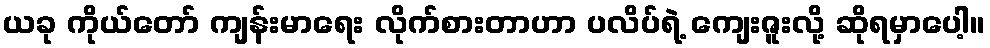
ယခု ကိုယ်တော် ကျန်းမာရေး လိုက်စားတာဟာ ပလိပ်ရဲ့ ကျေးဇူးလို့ ဆိုရမှာပေါ့။